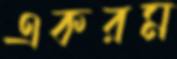
একরম